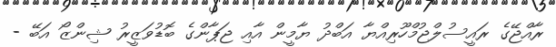
ރާއްޖޭގެ ރައީސުލްޖުމްހޫރިއްޔާ އަބްދު ޔާމީން އާއި ޖަޕާންގެ ބޮޑުވަޒީރު ޝިންޒޯ އަބޭ -